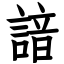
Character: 諳